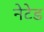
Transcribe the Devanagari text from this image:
नेटेड